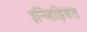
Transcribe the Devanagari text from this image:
इन्व्हिझिबल